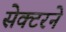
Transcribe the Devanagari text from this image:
सेक्टरने